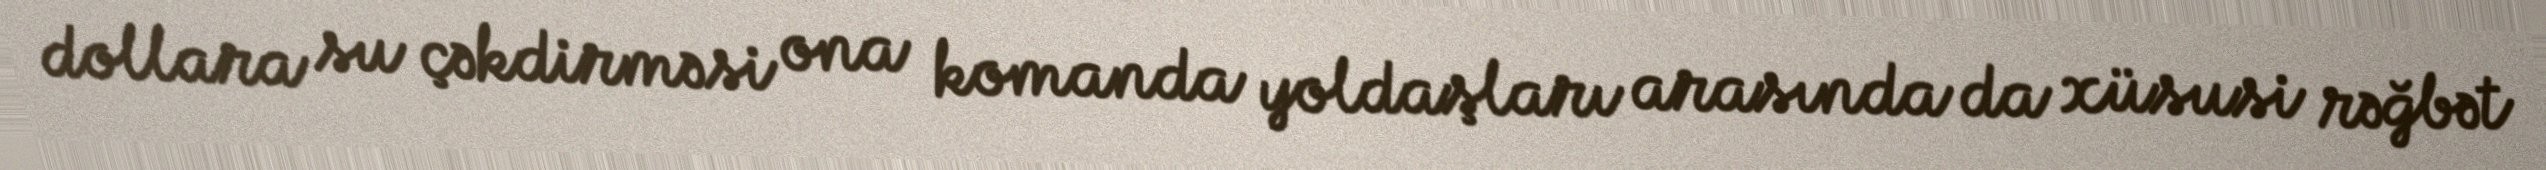
dollara su çəkdirməsi ona komanda yoldaşları arasında da xüsusi rəğbət